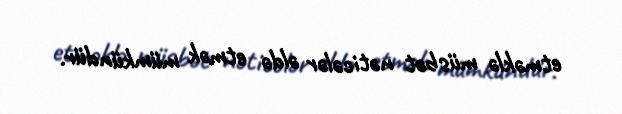
etməklə müsbət nəticələr əldə etmək mümkündür.